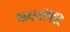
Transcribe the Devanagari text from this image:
ऋक्ष्यगिरि